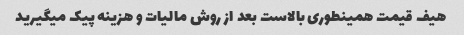
هیف قیمت همینطوری بالاست بعد از روش مالیات و هزینه پیک میگیرید